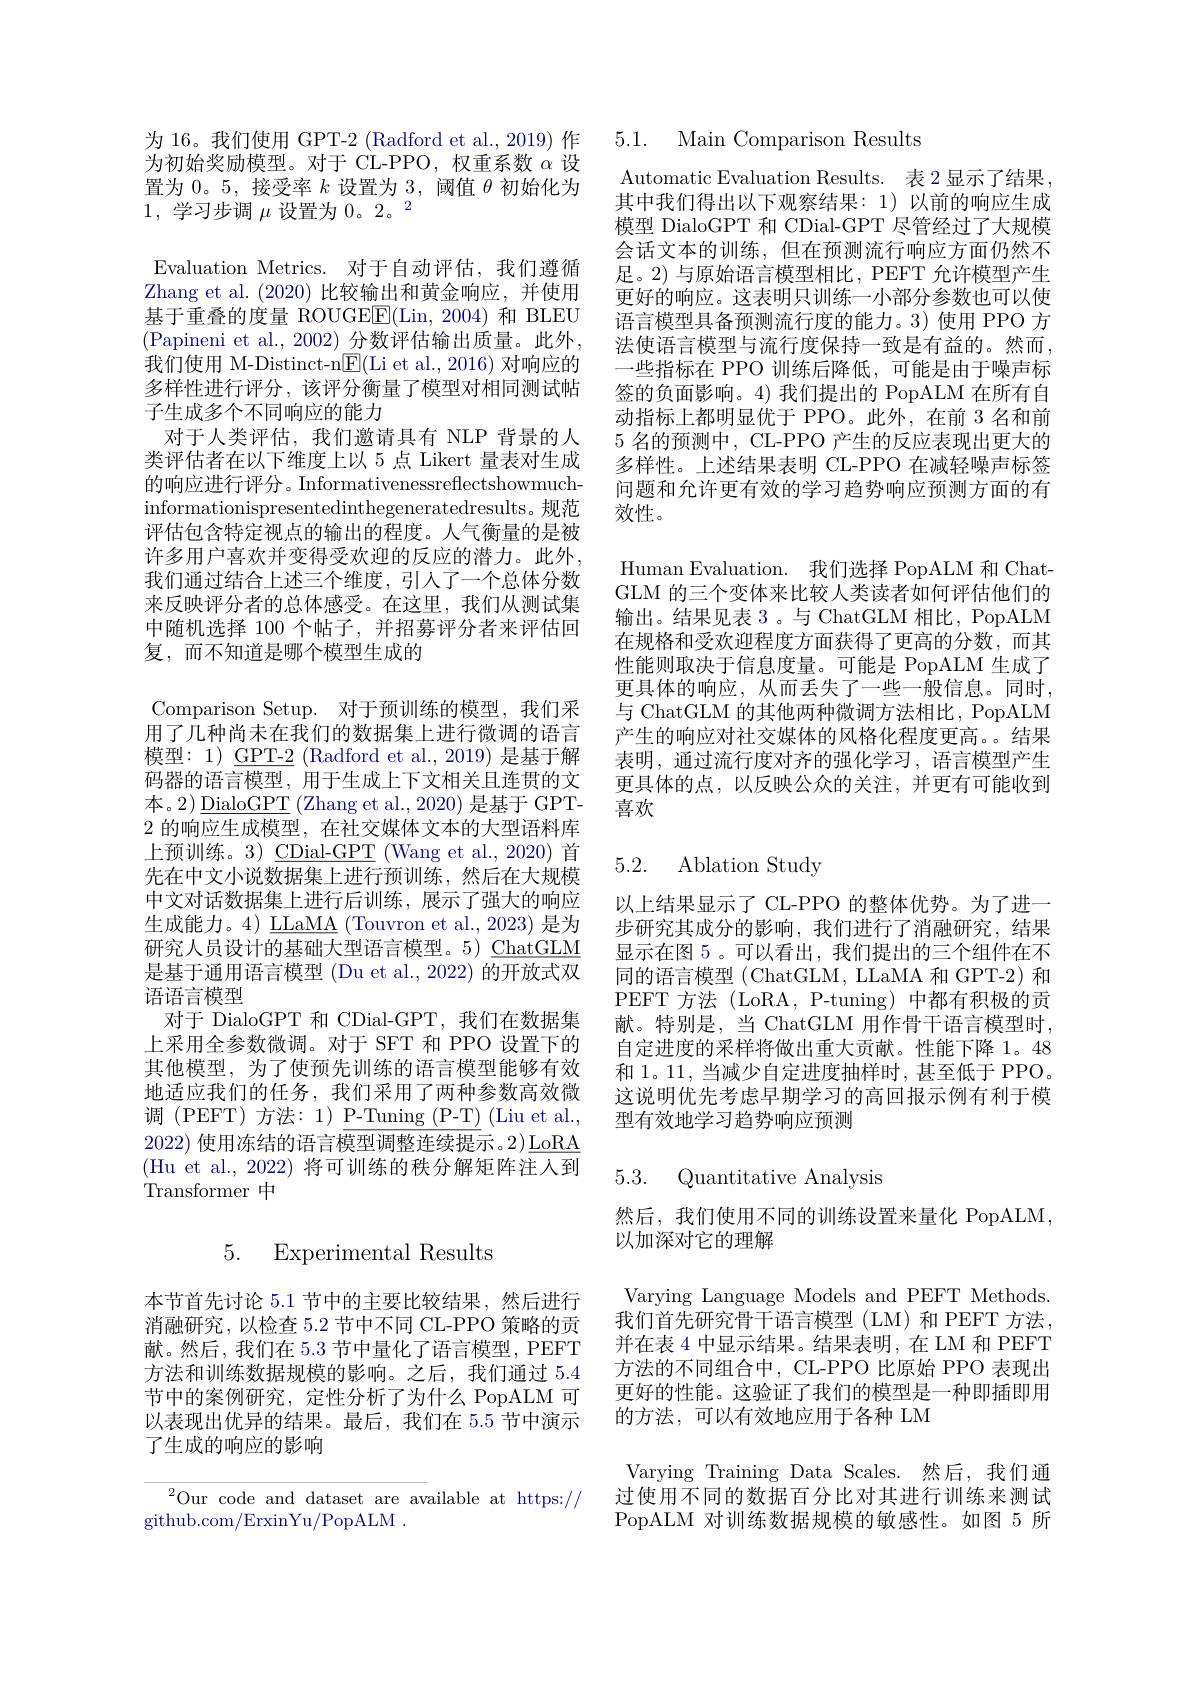
为 16。我们使用 GPT-2 (Radford et al., 2019) 作为初始奖励模型。对于 CL-PPO, 权重系数$\alpha$设置为0。5,接受率$k$设置为 3, 阈值$\theta$初始化为1,学习步调$\mu$设置为$0。2。^2$
Evaluation Metrics. 对于自动评估，我们遵循Zhang et al. (2020) 比较输出和黄金响应，并使用基于重叠的度量 ROUGEE(Lin,2004)和 BLEU (Papineni et al., 2002) 分数评估输出质量。此外， 我们使用 M-Distinct-n$\boxed{\mathrm{F}}($Li et al., 2016) 对响应的多样性进行评分，该评分衡量了模型对相同测试帖子生成多个不同响应的能力
对于人类评估，我们邀请具有 NLP 背景的人类评估者在以下维度上以 5 点 Likert 量表对生成的响应进行评分。Informativenessreflectshowmuchinformationispresentedinthegeneratedresults。规范评估包含特定视点的输出的程度。人气衡量的是被许多用户喜欢并变得受欢迎的反应的潜力。此外， 我们通过结合上述三个维度，引人了一个总体分数来反映评分者的总体感受。在这里，我们从测试集中随机选择 100 个帖子，并招募评分者来评估回复，而不知道是哪个模型生成的
Comparison Setup. 对于预训练的模型，我们采用了几种尚未在我们的数据集上进行微调的语言模型：1) $\underline{\mathrm{GPT-2}}$ (Radford et al.,2019) 是基于解码器的语言模型，用于生成上下文相关且连贯的文本。2)$\underline{\mathrm{DialoGPT}}\left(\text{Zhang et al.,2020) 是基于 GPT-}\right)$ 2的响应生成模型，在社交媒体文本的大型语料库上预训练。3) $\underline{\mathrm{CDial-GPT}}$ (Wang et al.,2020) 首先在中文小说数据集上进行预训练，然后在大规模中文对话数据集上进行后训练，展示了强大的响应生成能力。4) LLaMA (Touvron et al., 2023) 是为研究人员设计的基础大型语言模型。5) ChatGLM 是基于通用语言模型 (Du et al.,2022) 的开放式双语语言模型
对于 DialoGPT 和 CDial-GPT,我们在数据集上采用全参数微调。对于 SFT 和 PPO 设置下的其他模型，为了使预先训练的语言模型能够有效地适应我们的任务，我们采用了两种参数高效微调 (PEFT) 方法：1) P-Tuning (P-T) (Liu et al., 2022) 使用冻结的语言模型调整连续提示。2)$\underline{\mathrm{LoRA}}$ (Hu et al., 2022) 将可训练的秩分解矩阵注人到Transformer 中

## 5. Experimental Results

本节首先讨论 5.1 节中的主要比较结果，然后进行消融研究，以检查 5.2 节中不同 CL-PPO 策略的贡献。然后，我们在 5.3 节中量化了语言模型，PEFT 方法和训练数据规模的影响。之后，我们通过 5.4节中的案例研究，定性分析了为什么 PopALM 可以表现出优异的结果。最后，我们在 5.5 节中演示了生成的响应的影响

$^{2}$Our code and dataset are available at https://
github. com/ ErxinYu/ PopALM.

5.1. Main Comparison Results

Automatic Evaluation Results. 表 2 显示了结果， 其中我们得出以下观察结果：1)以前的响应生成模型 DialoGPT 和 CDial-GPT 尽管经过了大规模会话文本的训练，但在预测流行响应方面仍然不足。2) 与原始语言模型相比，PEFT 允许模型产生更好的响应。这表明只训练一小部分参数也可以使语言模型具备预测流行度的能力。3)使用 PPO 方法使语言模型与流行度保持一致是有益的。然而， 一些指标在 PPO 训练后降低，可能是由于噪声标签的负面影响。4)我们提出的 PopALM 在所有自动指标上都明显优于 PPO。此外，在前 3 名和前5名的预测中，CL-PPO 产生的反应表现出更大的多样性。上述结果表明 CL-PPO 在减轻噪声标签问题和允许更有效的学习趋势响应预测方面的有效性。
Human Evaluation. 我们选择 PopALM 和 ChatGLM 的三个变体来比较人类读者如何评估他们的输出。结果见表 3。与 ChatGLM 相比，PopALM 在规格和受欢迎程度方面获得了更高的分数，而其性能则取决于信息度量。可能是 PopALM 生成了更具体的响应，从而丢失了一些一般信息。同时， 与 ChatGLM 的其他两种微调方法相比，PopALM 产生的响应对社交媒体的风格化程度更高。结果表明，通过流行度对齐的强化学习，语言模型产生更具体的点，以反映公众的关注，并更有可能收到喜欢

# 5.2. Ablation Study

以上结果显示了 CL-PPO 的整体优势。为了进一步研究其成分的影响，我们进行了消融研究，结果显示在图 5。可以看出，我们提出的三个组件在不同的语言模型 (ChatGLM, LLaMA 和 GPT-2) 和PEFT 方法 (LoRA, P-tuning) 中都有积极的贡献。特别是，当 ChatGLM 用作骨干语言模型时， 自定进度的采样将做出重大贡献。性能下降 1。48和1。11,当减少自定进度抽样时，甚至低于 PPO。这说明优先考虑早期学习的高回报示例有利于模型有效地学习趋势响应预测

5.3. Quantitative Analysis

然后，我们使用不同的训练设置来量化 PopALM,
以加深对它的理解

Varying Language Models and PEFT Methods 我们首先研究骨干语言模型(LM)和 PEFT 方法并在表 4 中显示结果。结果表明，在 LM 和 PEFT 方法的不同组合中，CL-PPO 比原始 PPO 表现出更好的性能。这验证了我们的模型是一种即插即用的方法，可以有效地应用于各种 LM

Varying Training Data Scales.然后，我们通过使用不同的数据百分比对其进行训练来测试PopALM 对训练数据规模的敏感性。如图 5 所